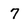
Character: 7